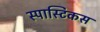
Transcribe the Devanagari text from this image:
स्पास्टिकस